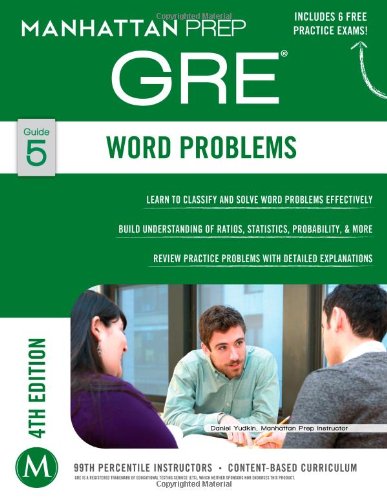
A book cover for GRE Word Problems (Manhattan Prep GRE Strategy Guides); Manhattan Prep; Test Preparation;